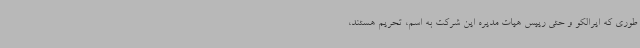
طوری که ایرالکو و حتی رییس هیات مدیره این شرکت به اسم، تحریم هستند،